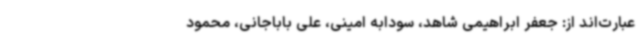
عبارت‌اند از: جعفر ابراهیمی شاهد، سودابه امینی، علی باباجانی، محمود